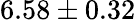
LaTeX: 6.58\pm 0.32